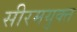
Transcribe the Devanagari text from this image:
सीरमयुक्त